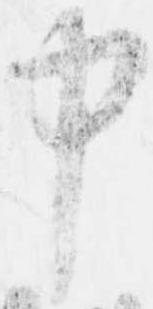
中